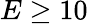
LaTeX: E\geq 10